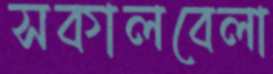
সকালবেলা